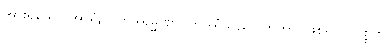
အားရှိသော အာရုံ၌။ တဒါရမ္မဏာ၊ တဒါရုံသည်။ ဟုတွာ၊ ဖြစ်၍။ ဝိပစ္စတိ၊